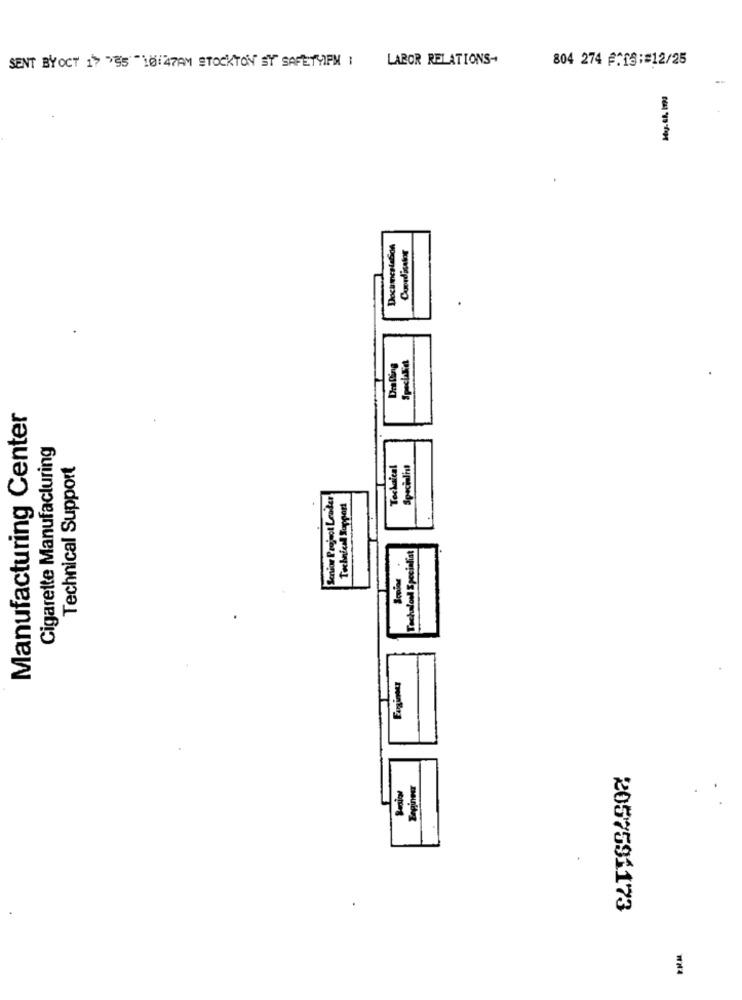
SENT BYOCT 1> "55"101 47AM STOCKTON ST SAFETYIPN 1
LABOR RELATIONS-
804 274 @TIS:#12/25
Documentation
Coordinator
Specialist
Dealing
Manufacturing Center
Cigarette Manufacturing
Technical Support
Tochaical
Senior Project Leader
Technical Support
Tochalou Specialist
Faginder
Basis
Enginew